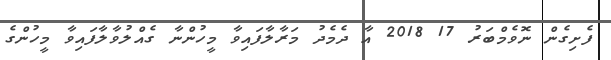
ފެށިގެން ނޮވެމްބަރު 17 2018 އާ ދެމެދު މަރާލާފައިވާ މީހުންނާ ގެއްލުވާލާފައިވާ މީހުންގެ